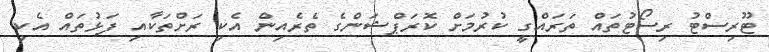
ޓޫރިސްޓު ރިސޯޓުތައް ތަރައްގީ ކުރުމަށް ކޮރަޕްޝަންގެ ތެރެއިން އެކި ރަށްތަކާއި ފަޅުތައް އެކި